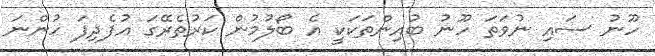
ހޫނު ސައި ނުވަތަ ހޫނު ބުއިންތަކަކީ އެ ބޯލުމުން ކަރުތެރޭގަ އުފެދިފަ ހުންނަ